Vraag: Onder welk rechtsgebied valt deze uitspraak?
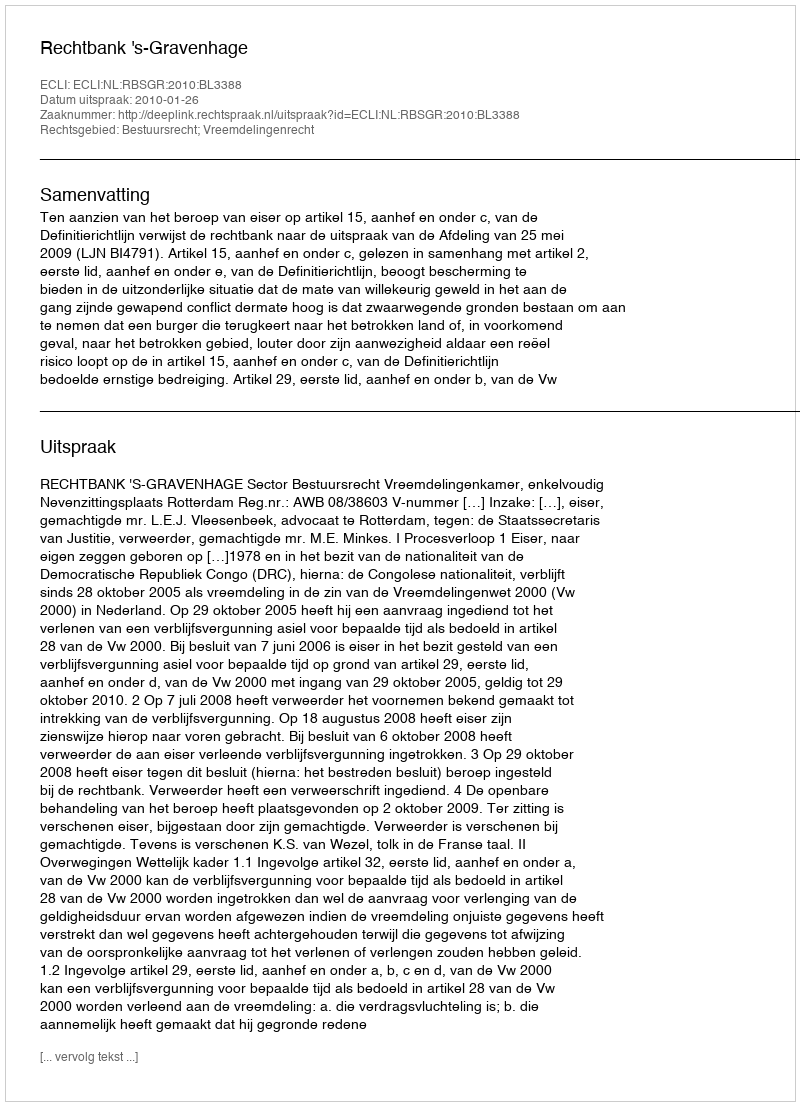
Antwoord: Bestuursrecht; Vreemdelingenrecht